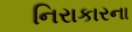
નિરાકારના